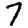
Digit: 7